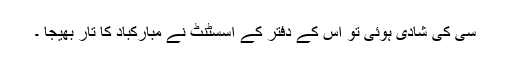
سی کی شادی ہوئی تو اس کے دفتر کے اسسٹنٹ نے مبارکباد کا تار بھیجا ۔